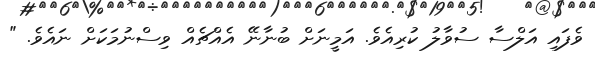
ވެފައި އަލްސާ ސުވާލު ކުރިއެވެ. އަމީނަށް ބުނާނޭ އެއްޗެއް ވިސްނުމަކަށް ނައެވެ. "